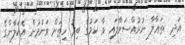
އަދި  ތަޢާލާ ނުރުއްސަވާފައި ވާ ކަމުގެ ބިރު ހިތަށް ވަނުމުން އެކަލާންގެ